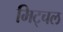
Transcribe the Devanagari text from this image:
मिट्चल